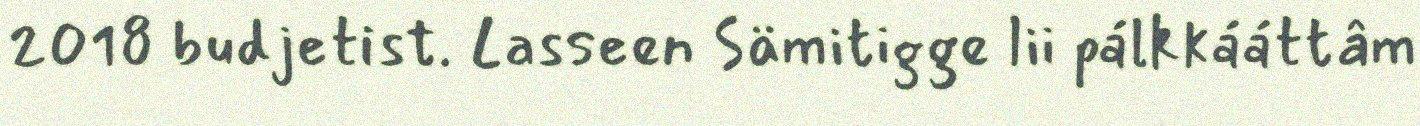
2018 budjetist. Lasseen Sämitigge lii pálkkááttâm